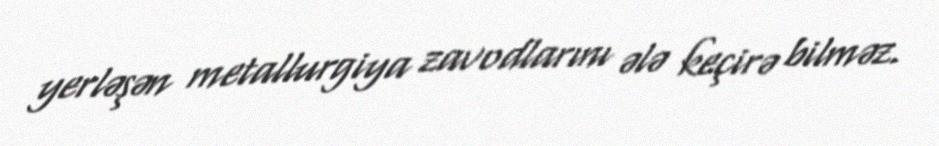
yerləşən metallurgiya zavodlarını ələ keçirə bilməz.